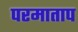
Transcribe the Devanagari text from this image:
परमाताप